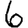
Digit: 6